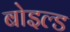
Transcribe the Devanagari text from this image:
बोइल्ड